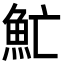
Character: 䰶